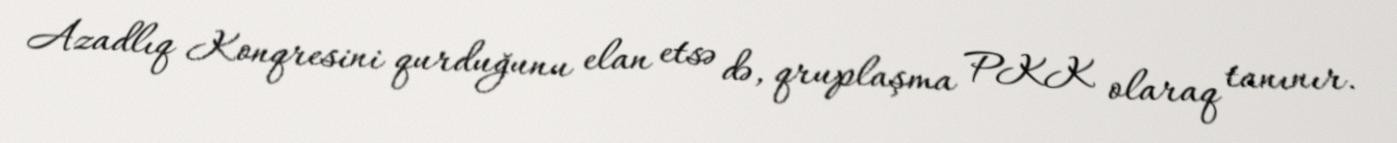
Azadlıq Konqresini qurduğunu elan etsə də, qruplaşma PKK olaraq tanınır.